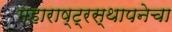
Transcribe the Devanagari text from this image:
महाराष्ट्रस्थापनेचा